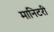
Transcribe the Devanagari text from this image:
मानिटरी